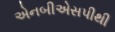
એનબીએસપીથી